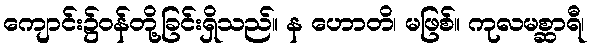
ကျောင်း၌ဝန်တို့ခြင်းရှိသည်။ န ဟောတိ၊ မဖြစ်။ ကုလမစ္ဆာရီ၊